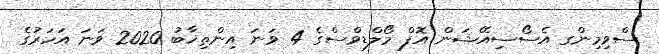
ސްވިމިންގ އެސޯސިއޭޝަން އޮފް މޯލްޑިވްސްގެ 4 ވަނަ އިންތިޚާބު 2020 ވަނަ އަހަރުގެ